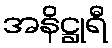
အနိဋ္ဌုရီ